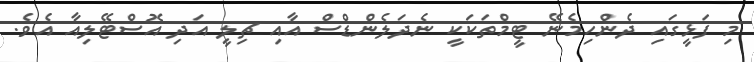
މި ފަޅީގައި ދެންހިމެނޭ ޓީމްތަކަކީ ނެދަލެންޑްސް އާއި ޗިލީ އަދި އޮސްޓޭލިއާ އެވެ.